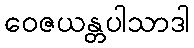
ဝေဇယန္တပါသာဒါ